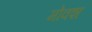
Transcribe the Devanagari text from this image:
मोक्श